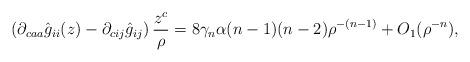
LaTeX: \begin{align*}\left(\partial_{caa}\hat{g}_{ii}(z)-\partial_{cij}\hat{g}_{ij}\right)\frac{z^c}{\rho}&=8\gamma_n\alpha(n-1)(n-2) \rho^{-(n-1)} + O_1(\rho^{-n}),\end{align*}